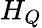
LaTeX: H_{Q}